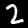
Digit: 2